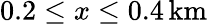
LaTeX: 0.2\leq x\leq 0.4\, \mathrm{km}